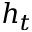
h _ { t }